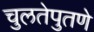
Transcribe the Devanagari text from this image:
चुलतेपुतणे